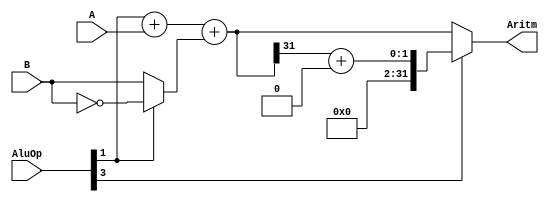
module Aritmetic (AluOp,A,B,Aritm);
  input [3:0] AluOp;
  input [31:0] A,B;
  output [31:0] Aritm;
  wire [31:0] mux1,adder,extend,mux2;

// mux b con ~b depedende del AluOp[1] determina si es suma o resta 
  assign mux1 = AluOp[1]? ~B : B;

// suma el AluOp[1] con A y B si es suma y con ~B si es resta
  assign adder = AluOp[1] + A + mux1;

// sacamos el bit mas significativo del adder y hacer el extend 
  assign extend = adder[31] + 32'b0;  // = 0 v 1 se llena solo al ser de 32 bits if 0: 000....00000 ^ 1: 0000000... 01

// mux para determinar si se pide un slt o no y asu vez dar la salida del bloque de AritmeticOp
  assign Aritm = AluOp[3]? extend : adder;
endmodule